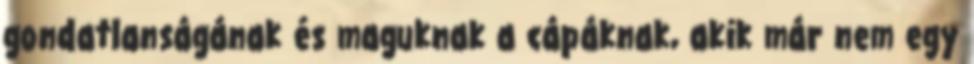
gondatlanságának és maguknak a cápáknak, akik már nem egy